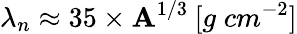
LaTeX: \lambda_{n}\approx35\times\mathbf{A}^{1/3}\: [g\; cm^{-2}]